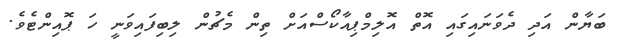
ބަޔާން އަދި ދެވަނައިގައި އޮތް އޮލިމްޕިއާކޯސްއަށް ތިން މެޗުން ލިބިފައިވަނީ ހަ ޕޮއިންޓެވެ.